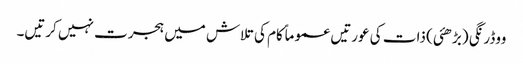
ووڈرنگی (بڑھئی) ذات کی عورتیں عموماً کام کی تلاش میں ہجرت نہیں کرتیں۔